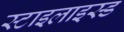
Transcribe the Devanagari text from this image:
स्टाइलाइस्ड